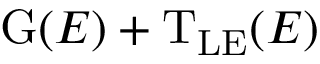
\mathrm { G } ( E ) + \mathrm { T _ { L E } } ( E )